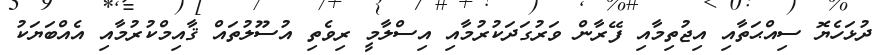
ދުޅަހެޔޮ ސިއްޙަތާއި އިޖުތިމާއި ފޭރާން ވަރުގަދަކުރުމާއި އިސްލާމީ ރިވެތި އުސޫލުތައް ޤާއިމްކުރުމާއި އެއްބަޔަކު